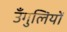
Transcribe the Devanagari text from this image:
उँगुलियों